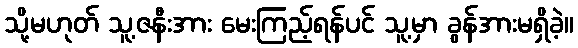
သို့မဟုတ် သူ့ဇနီးအား မေးကြည့်ရန်ပင် သူ့မှာ ခွန်အားမရှိခဲ့။